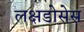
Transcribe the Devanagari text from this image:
लक्षडोसेस